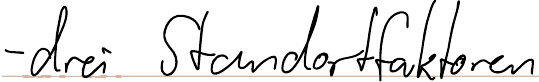
- drei Standortfaktoren